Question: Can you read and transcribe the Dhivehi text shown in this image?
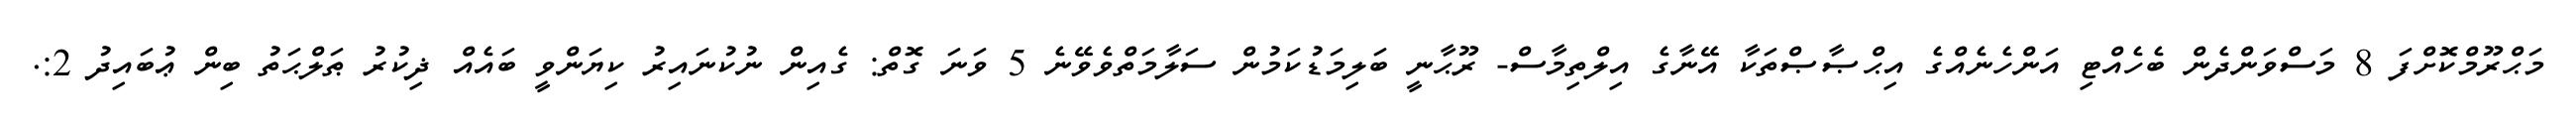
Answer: މަޙްރޫމްކޮށްފަ 8 މަސްވަންދެން ބެހެއްޓި އަންހެނެއްގެ އިޙްޞާޞްތަކާ އޭނާގެ އިލްތިމާސް- ރޫޙާނީ ބަލިމަޑުކަމުން ސަލާމަތްވެވޭނެ 5 ވަނަ ގޮތް: ގެއިން ނުކުނައިރު ކިޔަންވީ ބައެއް ޛިކުރު ޠަލްޙަތު ބިން ޢުބައިދު 2:.